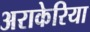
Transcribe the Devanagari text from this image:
अराकेरिया